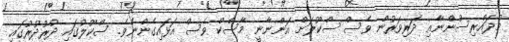
މުދައްރިސުންނާއި ދަރިވަރުން ވެސް ސްކޫލަށް އަންނާނީ މާސްކް ވެސް އަޅައިގެންނެވެ. ސްކޫލުގައި ދުރުދުރުގައި